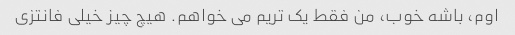
اوم، باشه خوب، من فقط یک تریم می خواهم. هیچ چیز خیلی فانتزی